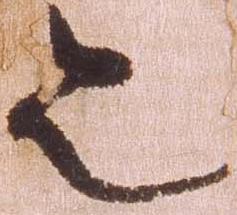
令